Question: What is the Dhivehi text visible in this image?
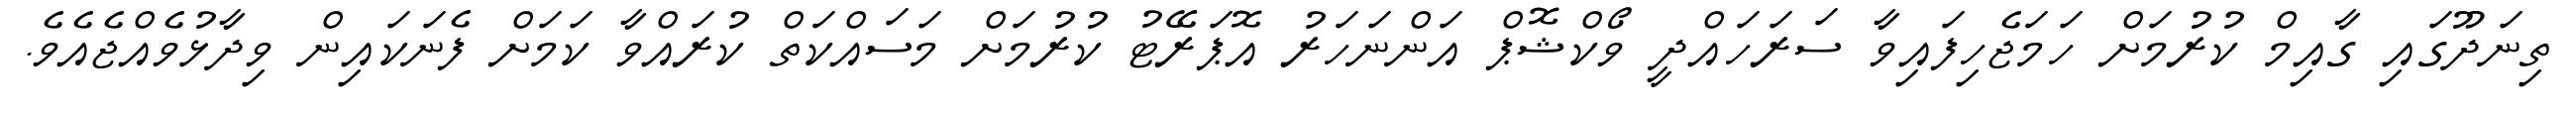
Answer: ތިނަދޫގައި ގާއިމް ކުރުމަށް ހަމަޖެހިފައިވާ ސަރަހައްދީ ވޯކްޝޮޕް އަންނަހަރު އޮޕަރޭޓު ކުރުމަށް މަސައްކަތް ކުރައްވާ ކަމަށް ފެނަކައިން ވިދާޅުވެއްޖެއެވެ.